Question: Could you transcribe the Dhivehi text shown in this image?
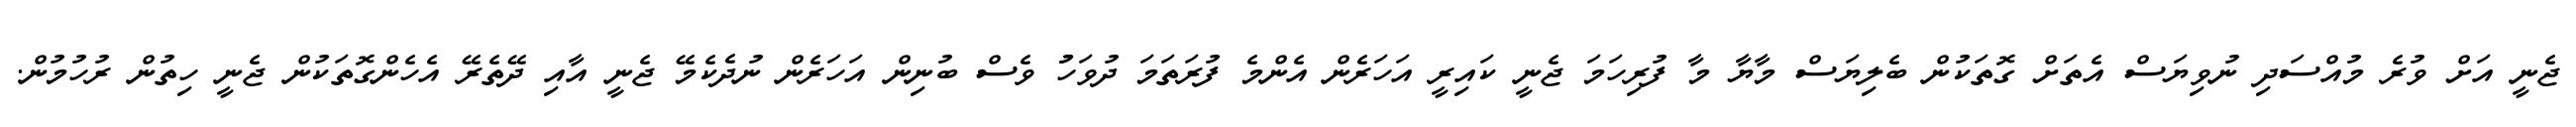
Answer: ޖެނީ އަށް ވުރެ މުއްސަދި ނުވިޔަސް އެތަށް ގޮތަކުން ބެލިޔަސް މާޔާ މާ ފުރިހަމަ ޖެނީ ކައިރީ އަހަރެން އެންމެ ފުރަތަމަ ދުވަހުު ވެސް ބުނިން އަހަރެން ނުދެކެމޭ ޖެނީ އާއި ދޭތެރޭ އެހެންގޮތަކުން ޖެނީ ހިތުން ރުހުމުން.